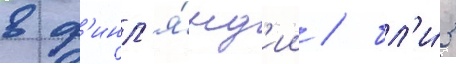
в ф'инл'я́нд'ии / бл'и́з